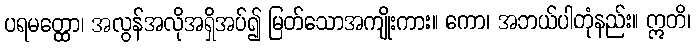
ပရမတ္ထော၊ အလွန်အလိုအရှိအပ်၍ မြတ်သောအကျိုးကား။ ကော၊ အဘယ်ပါတုံနည်း။ ဣတိ၊